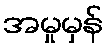
အမှုမှန်